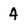
Character: 4